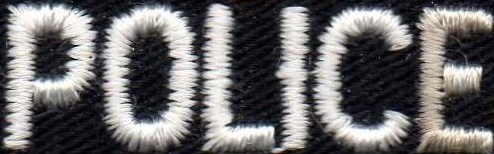
POLICE